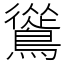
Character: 䳷